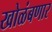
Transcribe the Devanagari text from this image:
खोळंबणार